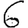
Digit: 6